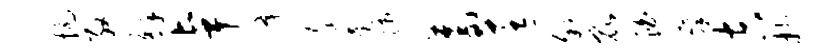
抗殷解卓降文是师蓄匡叙昆泊廪吉抄